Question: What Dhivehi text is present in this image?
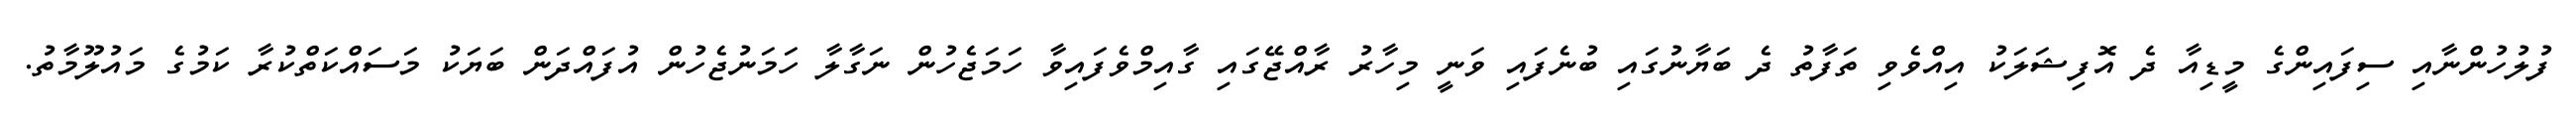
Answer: ފުލުހުންނާއި ސިފައިންގެ މީޑިއާ ދެ އޮފިޝަލަކު އިއްވެވި ތަފާތު ދެ ބަޔާނުގައި ބުނެފައި ވަނީ މިހާރު ރާއްޖޭގައި ގާއިމްވެފައިވާ ހަމަޖެހުން ނަގާލާ ހަމަނުޖެހުން އުފައްދަން ބަޔަކު މަސައްކަތްކުރާ ކަމުގެ މައުލޫމާތު.